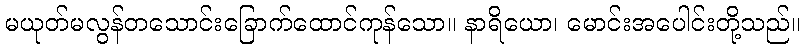
မယုတ်မလွန်တသောင်းခြောက်ထောင်ကုန်သော။ နာရိယော၊ မောင်းအပေါင်းတို့သည်။